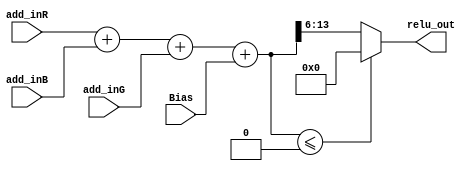
module ReLU (add_inR, add_inB, add_inG, Bias, relu_out);
    
    input signed [28:0] add_inR, add_inB, add_inG;
    input signed [15:0] Bias;
    output reg [7:0] relu_out;

    reg signed [30:0] r1, add_sum;

    always @(*) begin
        r1 = add_inR + add_inB + add_inG + Bias;
    end

    // always @(*) begin
    //     add_sum = (add_inR + add_inB + add_inG) / 3;
    //     r1 = add_sum + Bias;
    // end

    always @(r1) begin
       if(r1 <= 0)  relu_out = 8'b0;
       else begin
           relu_out = r1[13:6];
       end
    end

endmodule